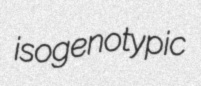
isogenotypic